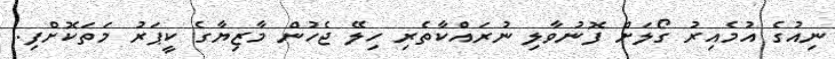
ނިއުގެ އުމެއިރު ގޯލަށް ފޮނުވާލި ނުރައްކާތެރި ހިލޭ ޖެހުން މާޒިޔާގެ ކީޕަރު މަތަކޮށްފި.